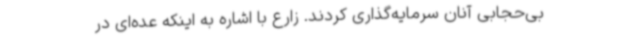
بی‌حجابی آنان سرمایه‌گذاری کردند. زارع با اشاره به اینکه عده‌ای در